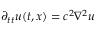
\partial _ { t t } u ( t , x ) = c ^ { 2 } \nabla ^ { 2 } u